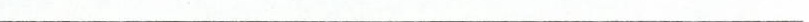
———————————————————